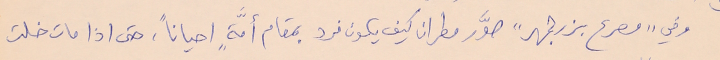
وفي "مصرع بزرجمهر" صوَّر مطران كيف يكون فرد بمقام أمَّةٍ احياناً، حتى اذا مات خلت